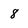
Character: 8